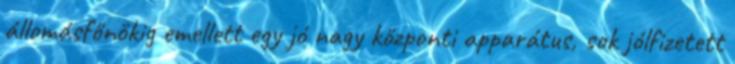
állomásfőnökig emellett egy jó nagy központi apparátus, sok jólfizetett